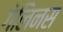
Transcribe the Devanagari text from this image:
गेलिनस